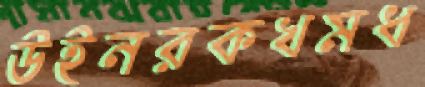
উইনরকখমধ